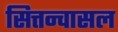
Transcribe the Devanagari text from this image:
सित्तन्वासल